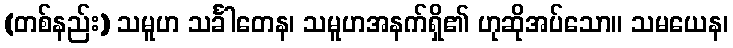
(တစ်နည်း) သမူဟ သင်္ခါတေန၊ သမူဟအနက်ရှိ၏ ဟုဆိုအပ်သော။ သမယေန၊